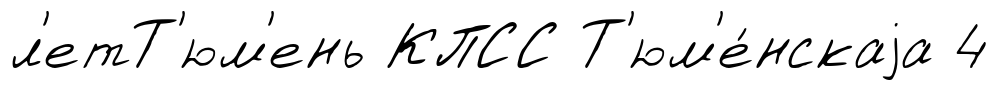
л'етТ'юм'ень КПСС Т'юм'е́нскаjа 4